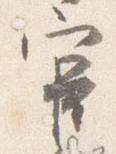
官